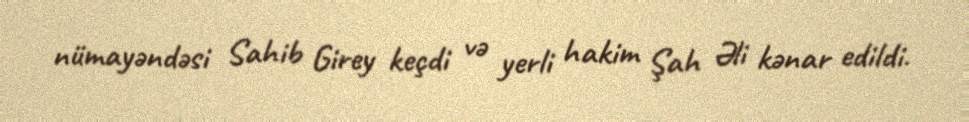
nümayəndəsi Sahib Girey keçdi və yerli hakim Şah Əli kənar edildi.